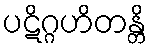
ပဋိဂ္ဂဟိတန္တိ